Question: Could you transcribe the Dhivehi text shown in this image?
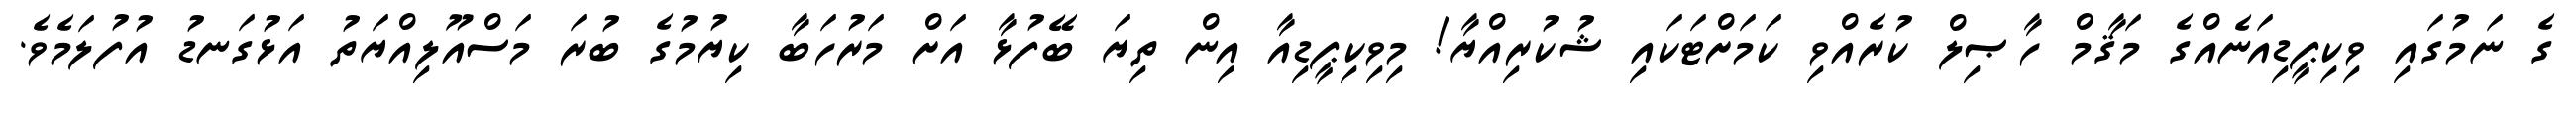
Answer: ގެ ނަމުގައި ވިކިޕީޑިއަނެއްގެ މަޤާމް ހާޞިލް ކުރެއްވި ކަމަށްޓަކައި ޝުކުރިއްޔާ! މިވިކިޕީޑިއާ އިން ތިޔަ ބޭފުޅާ އަށް މަރުހަބާ ކިޔުމުގެ ބުރަ މަސްއޫލިއްޔަތު އަޅުގަނޑު އުފުލަމެވެ.